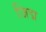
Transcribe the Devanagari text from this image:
जिद्म